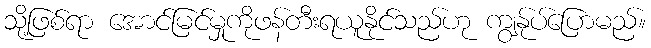
သို့ဖြစ်ရာ အောင်မြင်မှုကိုဖန်တီးရယူနိုင်သည်ဟု ကျွန်ုပ်ပြောမည်။